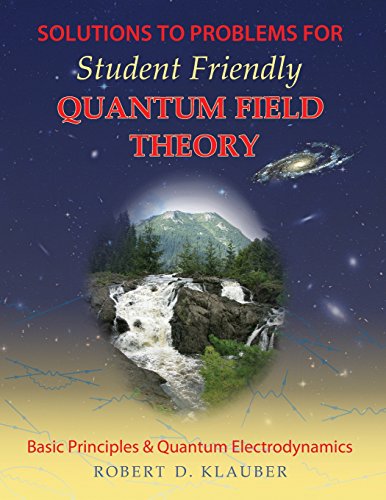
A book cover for Solutions to Problems for Student Friendly Quantum Field Theory; Robert D. Klauber; Science & Math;